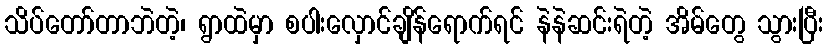
သိပ်တော်တာဘဲတဲ့၊ ရွာထဲမှာ စပါးလှောင်ချိန်ရောက်ရင် နဲနဲဆင်းရဲတဲ့ အိမ်တွေ သွားပြီး